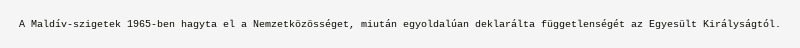
A Maldív-szigetek 1965-ben hagyta el a Nemzetközösséget, miután egyoldalúan deklarálta függetlenségét az Egyesült Királyságtól.